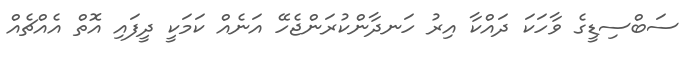
ސަބްސިޑީގެ ވާހަކަ ދައްކާ އިރު ހަނދާންކުރަންޖެހޭ އަނެއް ކަމަކީ ދީފައި އޮތް އެއްޗެއް